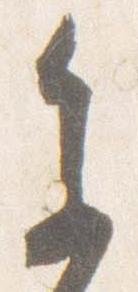
参